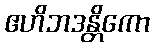
ဧဟိဘဒန္တိကော